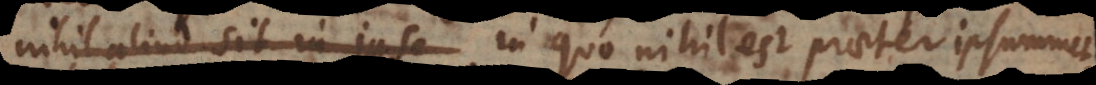
nihil aliud sit in ipso in quo nihil est praeter ipsummet,